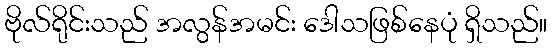
ဗိုလ်ရိုင်းသည် အလွန်အမင်း ဒေါသဖြစ်နေပုံ ရှိသည်။